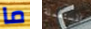
ما المستعملة